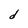
Character: d